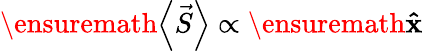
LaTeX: \ensuremath{\left\langle{\vec{S}}\right\rangle}\propto\ensuremath{\mathbf{\hat{x}}}